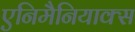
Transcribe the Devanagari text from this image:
एनिमैनियाक्स